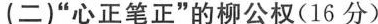
(二)”心正笔正”的柳公权(16分)